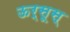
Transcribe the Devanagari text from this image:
ऊर्सूस्